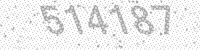
Solution: 514187